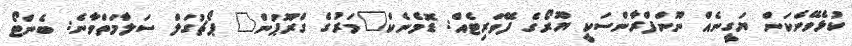
ކުޅެވޭނެކަން ޔަގީނެއް ނޫންފްރާންސަކީ ޔޫރޯގެ ފޭވަރިޓެއް: ޑޮމެނެކް"މަރުގެ ގްރޫޕުން" ޕޯޗުގަލް ސަލާމަތްވާނެ: ބެންޓޯ